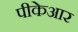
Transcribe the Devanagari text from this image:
पीकेआर